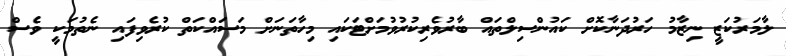
ލާމަރުކަޒީ ނިޒާމު ހަރުދަނާކޮށް ކައުންސިލްތައް ބާރުވެރިކުރުވުމަށްޓަކައި މިހާތަނަށް މަސައްކަތް ކުރެވިފައި ނެތުމަކީ ވެސް